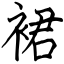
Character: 裙